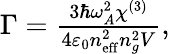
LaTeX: \begin{array}{r}{\Gamma=\frac{3\hbar\omega_{A}^{2}\chi^{(3)}}{4\varepsilon_{0}n_{\mathrm{eff}}^{2}n_{g}^{2}V},}\end{array}